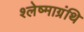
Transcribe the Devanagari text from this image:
श्लेष्माग्रंथि